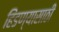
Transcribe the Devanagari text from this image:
हिंडण्यासाठी